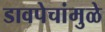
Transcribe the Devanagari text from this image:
डावपेचांमुळे